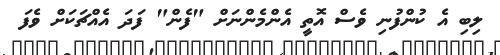
ލިބި އެ ކުންފުނި ވެސް އޮތީ އެންމެންނަށް "ފެން" ފަދަ އެއްޗަކަށް ވެފަ